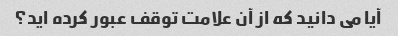
آیا می دانید که از آن علامت توقف عبور کرده اید؟